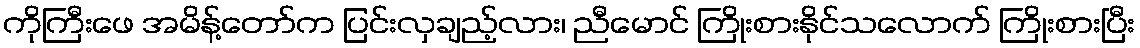
ကိုကြီးဖေ အမိန့်တော်က ပြင်းလှချည့်လား၊ ညီမောင် ကြိုးစားနိုင်သလောက် ကြိုးစားပြီး